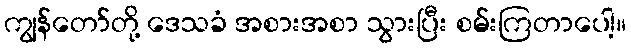
ကျွန်တော်တို့ ဒေသခံ အစားအစာ သွားပြီး စမ်းကြတာပေါ့။